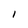
Character: I